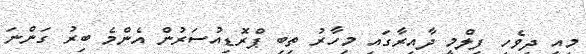
މިއީ ދިވެހި ފިލްމީ ދާއިރާގައި މިހާރު ތިބި ޕްރޮޑިއުސަރުން އެންމެ ބިރު ގަންނަ